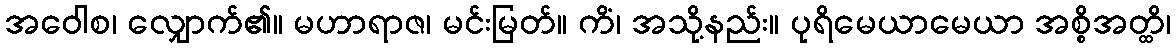
အဝေါစ၊ လျှောက်၏။ မဟာရာဇ၊ မင်းမြတ်။ ကိံ၊ အသို့နည်း။ ပုရိမေယာမေယာ အစ္စိအတ္ထိ၊